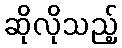
ဆိုလိုသည့်